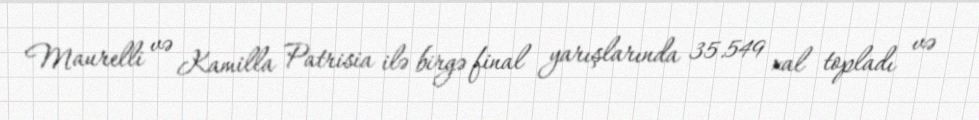
Maurelli və Kamilla Patrisia ilə birgə final yarışlarında 35.549 xal topladı və